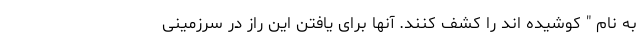
به نام " کوشیده اند را کشف کنند. آنها برای یافتن این راز در سرزمینی